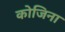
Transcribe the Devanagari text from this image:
कोजिना